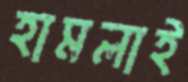
হামলাই